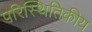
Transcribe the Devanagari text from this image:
परिस्थितिकीय